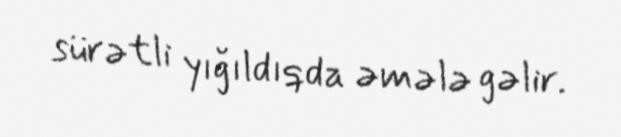
sürətli yığıldıqda əmələ gəlir.